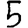
Digit: 5